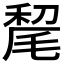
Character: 𰚥